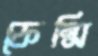
ফেন্সি